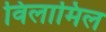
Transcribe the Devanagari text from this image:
विलामिल